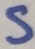
Text: S